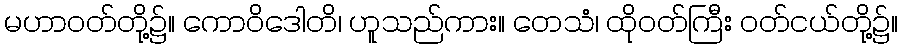
မဟာဝတ်တို့၌။ ကောဝိဒေါတိ၊ ဟူသည်ကား။ တေသံ၊ ထိုဝတ်ကြီး ဝတ်ငယ်တို့၌။